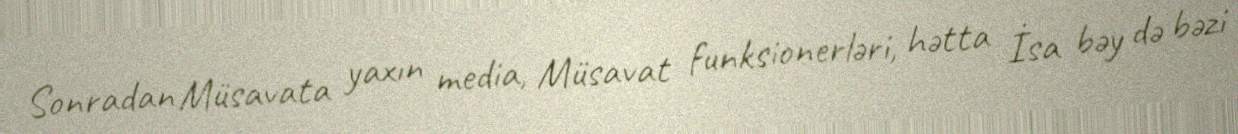
Sonradan Müsavata yaxın media, Müsavat funksionerləri, hətta İsa bəy də bəzi